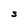
Character: S